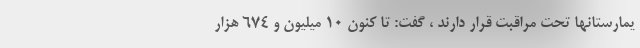
یمارستانها تحت مراقبت قرار دارند ، گفت: تا کنون ۱۰ میلیون و ۶۷۴ هزار